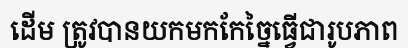
ដើម ត្រូវបានយកមកកែច្នៃធ្វើជារូបភាព